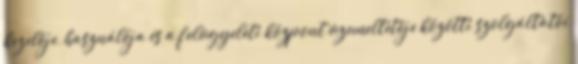
kezelõje, használója és a felügyeleti központ üzemeltetõje közötti szolgáltatói